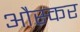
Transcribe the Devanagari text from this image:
औस्कर